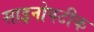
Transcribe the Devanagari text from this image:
साइनोपटीक